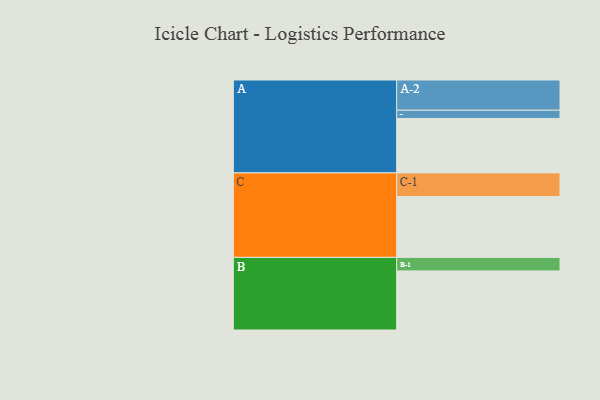
{"axis": {"x": "Segment", "y": "Value"}, "legend": ["", "A", "B", "C"], "data": [{"x": "A", "y": 451, "type": ""}, {"x": "B", "y": 489, "type": ""}, {"x": "C", "y": 504, "type": ""}, {"x": "A-1", "y": 68, "type": "A"}, {"x": "A-2", "y": 250, "type": "A"}, {"x": "B-1", "y": 112, "type": "B"}, {"x": "C-1", "y": 195, "type": "C"}]}